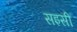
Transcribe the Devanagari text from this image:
सइसी